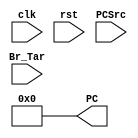
`timescale 1ns / 1ps

module LEGv8_IF(
    input        clk,
    input        rst,
    input        PCSrc,
    input [63:0] Br_Tar,

    output reg [63:0] PC
    );

    // When reset signal changes, set PC value to 0
    always @(rst)
        begin
            PC <= 63'b0;
        end

    // At the positive edge of the clock signal
    // check PCSrc control;
    // Increment PC if PCSrc = 0
    // Set PC to branch target  if PCSrc = 1
    always @(posedge clk)
        case (PCSrc)
        1'b0:
            begin
                PC <= PC + 4;
            end
        1'b1:
            begin
                PC <= Br_Tar;
            end
        endcase

endmodule